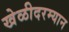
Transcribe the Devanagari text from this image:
खेळीदरम्यान